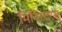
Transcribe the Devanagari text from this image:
मिनिस्टरस्